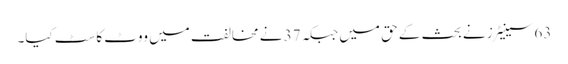
63 سینیٹرز نے بحث کے حق میں جبکہ 37 نے مخالفت میں ووٹ کاسٹ کیا۔